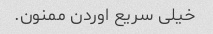
خیلی سریع اوردن ممنون.